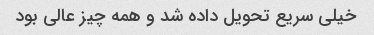
خیلی سریع تحویل داده شد و همه چیز عالی بود